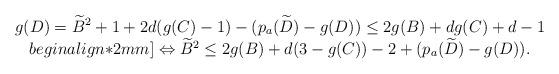
LaTeX: \begin{align*}\begin{array}{c}g(D)=\widetilde{B}^2+1+2d(g(C)-1)-(p_a(\widetilde{D})-g(D))\leq 2g(B)+dg(C)+d-1 \\begin{align*}2mm]\Leftrightarrow \widetilde{B}^2\leq 2g(B)+d(3-g(C))-2+(p_a(\widetilde{D})-g(D)).\end{array}\end{align*}